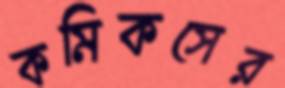
কমিকসের